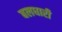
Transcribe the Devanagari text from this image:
बलधारी